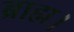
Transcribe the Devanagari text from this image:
ब्राह्म।